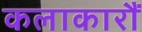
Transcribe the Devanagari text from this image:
कलाकारौं